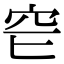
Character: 𥤫